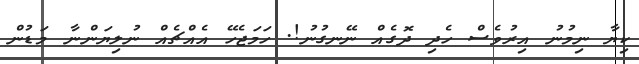
ކިޔާ ނިމުނު އިރުވެސް ހެދި ދޮގެއް ނޭނގުނު!. ހަމަޖެހޭ އެއްޗެއް ނުލިޔަންނާ މަޑުން